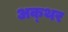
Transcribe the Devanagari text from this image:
अक्थर